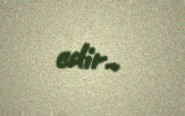
edir..